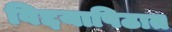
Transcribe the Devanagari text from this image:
विद्दयापिठात